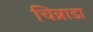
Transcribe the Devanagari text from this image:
चिन्नाडा